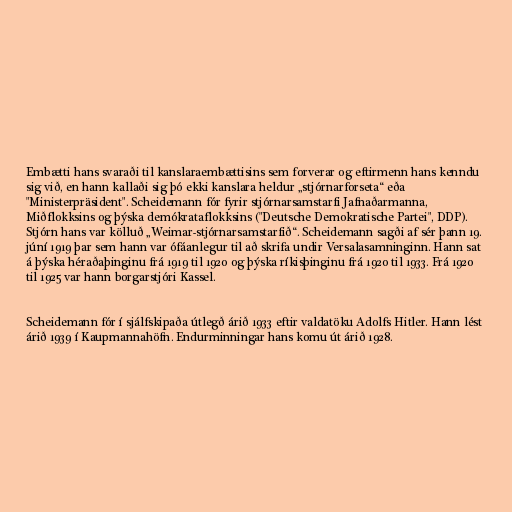
Embætti hans svaraði til kanslaraembættisins sem forverar og eftirmenn hans kenndu
sig við, en hann kallaði sig þó ekki kanslara heldur „stjórnarforseta“ eða
"Ministerpräsident". Scheidemann fór fyrir stjórnarsamstarfi Jafnaðarmanna,
Miðflokksins og þýska demókrataflokksins ("Deutsche Demokratische Partei", DDP).
Stjórn hans var kölluð „Weimar-stjórnarsamstarfið“. Scheidemann sagði af sér þann 19.
júní 1919 þar sem hann var ófáanlegur til að skrifa undir Versalasamninginn. Hann sat
á þýska héraðaþinginu frá 1919 til 1920 og þýska ríkisþinginu frá 1920 til 1933. Frá 1920
til 1925 var hann borgarstjóri Kassel.

Scheidemann fór í sjálfskipaða útlegð árið 1933 eftir valdatöku Adolfs Hitler. Hann lést
árið 1939 í Kaupmannahöfn. Endurminningar hans komu út árið 1928.